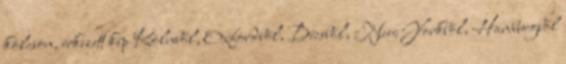
kölcsön, érkezett kép Kölnből, Oxfordból, Bécsből, New Yorkból, Hamburgból